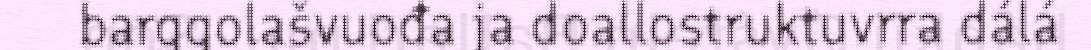
barggolašvuođa ja doallostruktuvrra dálá